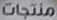
منتجات